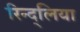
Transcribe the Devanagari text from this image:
रिन्द्लिया